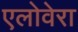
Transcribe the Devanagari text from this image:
एलोवेरा